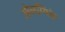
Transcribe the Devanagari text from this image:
ओलम्पिके